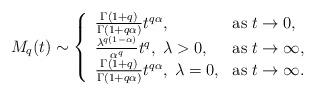
LaTeX: \begin{align*} M_{q}(t) \sim \left\{\begin{array}{lll} \frac{\Gamma(1+q)}{\Gamma(1+q\alpha)}t^{q\alpha}, \;&\mbox{as}\;t\rightarrow 0,\\ \frac{\lambda^{q(1-\alpha)}}{\alpha^{q}}t^{q}, \; \lambda>0, &\mbox{as}\;t\rightarrow \infty,\\ \frac{\Gamma(1+q)}{\Gamma(1+q\alpha)}t^{q\alpha}, \; \lambda=0, &\mbox{as}\;t\rightarrow \infty.\\ \end{array}\right.\end{align*}